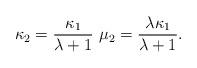
LaTeX: \begin{align*}\kappa_2=\frac{\kappa_1}{\lambda+1} \ \mu_2=\frac{\lambda\kappa_1}{\lambda+1}.\end{align*}